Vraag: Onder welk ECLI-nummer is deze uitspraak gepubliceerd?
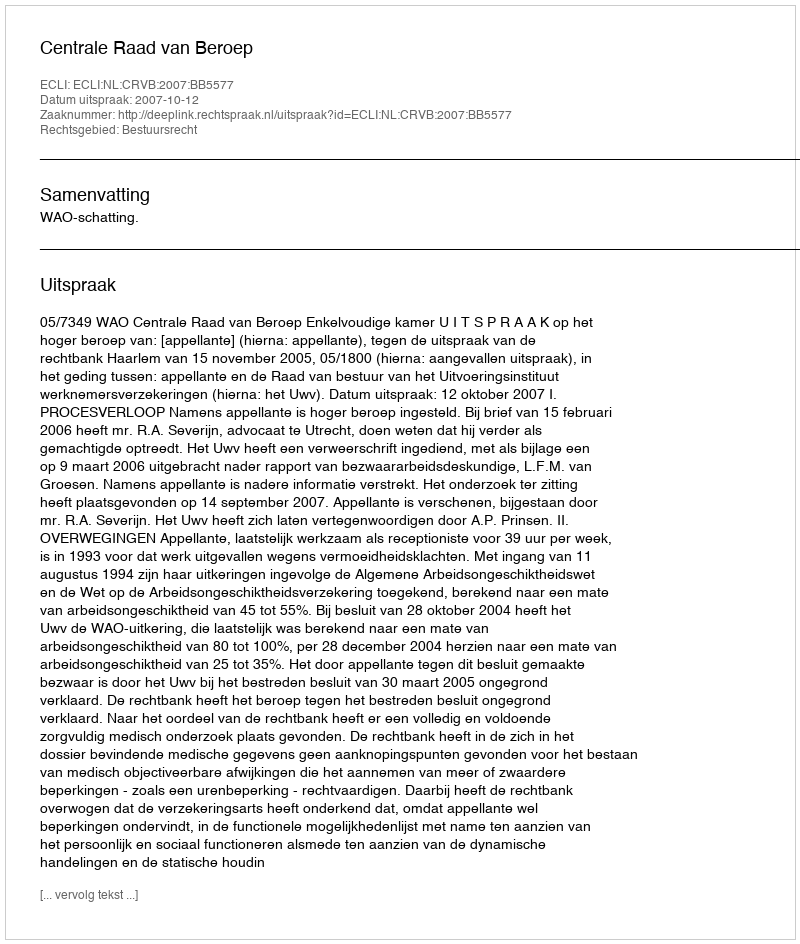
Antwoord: ECLI:NL:CRVB:2007:BB5577